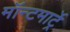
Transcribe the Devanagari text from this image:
मॉन्टमार्ट्रे